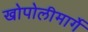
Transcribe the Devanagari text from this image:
खोपोलीमार्गे